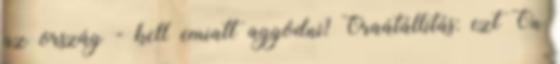
az ország - kell emiatt aggódni? Óraátállítás: ezt Ön